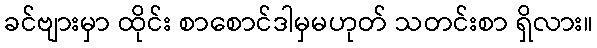
ခင်ဗျားမှာ ထိုင်း စာစောင်ဒါမှမဟုတ် သတင်းစာ ရှိလား။